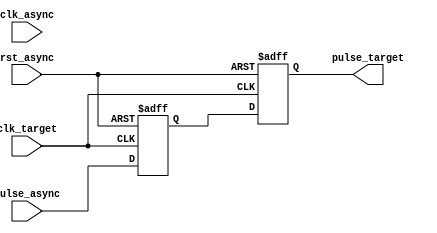
module PulseSynchronizer (
    input wire clk_async, //clock signal from asynchronous domain
    input wire rst_async, //reset signal from asynchronous domain
    input wire pulse_async, //pulse signal from asynchronous domain
    
    input wire clk_target, //clock signal from target domain
    
    output reg pulse_target //synchronized pulse signal in target domain
);

reg capture_reg; //first flip-flop register
reg sync_reg; //second flip-flop register

always @ (posedge clk_target or posedge rst_async) begin
    if (rst_async) begin
        capture_reg <= 1'b0;
        sync_reg <= 1'b0;
    end else begin
        capture_reg <= pulse_async;
        sync_reg <= capture_reg;
    end
end

assign pulse_target = sync_reg;

endmodule